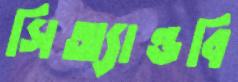
সিঅ্যান্ডবি